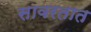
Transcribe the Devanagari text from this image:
सावरतात